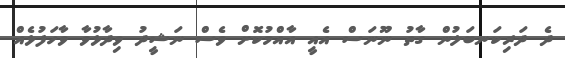
ދެ ދަރިކަނބަލުން ގާތު ނޫނަސް އެއީ އާއްމުކޮށް ވެސް ނަޝީދު ވިދާޅުވާ ވާހަފުޅެއް